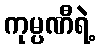
ကုမ္ပဏီရဲ့